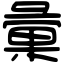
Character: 彙